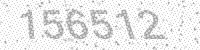
Solution: 156512